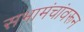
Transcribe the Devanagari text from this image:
सभामंचांवरून